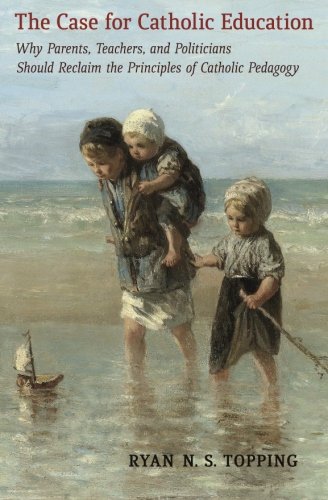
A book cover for The Case for Catholic Education: Why Parents, Teachers, and Politicians Should Reclaim the Principles of Catholic Pedagogy; Ryan N.S. Topping; Christian Books & Bibles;